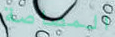
المصاصة